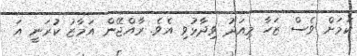
ކަމަށް ވެސް ޒަހާ މިއަދު ވިދާޅުވި އެވެ. ރާއްޖޭން އަމާޒު ކުރަނީ އަ